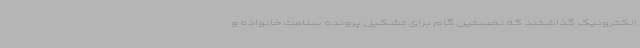
الکترونیک گذاشتند که نخستین گام برای تشکیل پرونده سلامت خانواده‌ و